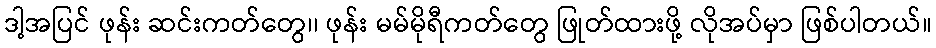
ဒါ့အပြင် ဖုန်း ဆင်းကတ်တွေ၊၊ ဖုန်း မမ်မိုရီကတ်တွေ ဖြုတ်ထားဖို့ လိုအပ်မှာ ဖြစ်ပါတယ်။